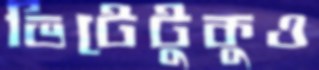
ভিটেটুকুও